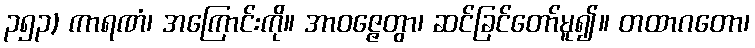
၃၅၃) ကာရဏံ၊ အကြောင်းကို။ အာဝဇ္ဇေတွာ၊ ဆင်ခြင်တော်မူ၍။ တထာဂတော၊